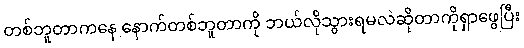
တစ်ဘူတာကနေ နောက်တစ်ဘူတာကို ဘယ်လိုသွားရမလဲဆိုတာကိုရှာဖွေပြီး